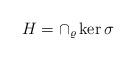
LaTeX: \begin{align*} H=\cap_{\varrho}\ker\sigma \end{align*}